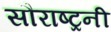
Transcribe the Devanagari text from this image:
सौराष्ट्रनी